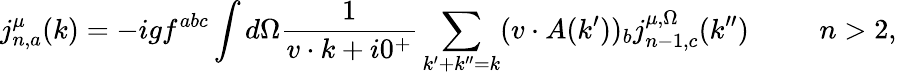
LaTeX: j_{n,a}^{\mu}(k)=-igf^{abc}\int d\Omega{\frac{1}{v\cdot k+i0^{+}}}\sum_{k^{\prime}+k^{\prime\prime}=k}(v\cdot A(k^{\prime}))_{b}j_{n-1,c}^{\mu,\Omega}(k^{\prime\prime})\ \ \ \ \ \ \ \ \ \ n>2,